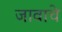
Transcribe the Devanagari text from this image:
जावाचे